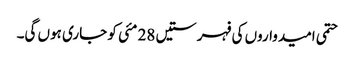
حتمی امیدواروں کی فہرستیں 28 مئی کو جاری ہوں گی۔